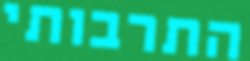
התרבותי